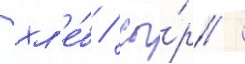
хл'е́б / сы́р /